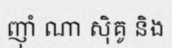
ញ៉ាំ ណា ស៊ិគូ និង